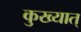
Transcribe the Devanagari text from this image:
कुख्यात्